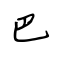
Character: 巴